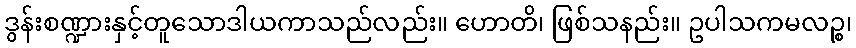
ဒွန်းစဏ္ဍားနှင့်တူသောဒါယကာသည်လည်း။ ဟောတိ၊ ဖြစ်သနည်း။ ဥပါသကမလဉ္စ၊